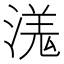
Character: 溬